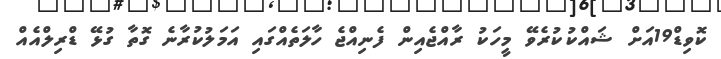
ކޮވިޑް19އަށް ޝައްކުކުރެވޭ މީހަކު ރާއްޖެއިން ފެނިއްޖެ ހާލަތެއްގައި އަމަލުކުރާނެ ގޮތާ ގުޅޭ ޑްރިލްއެއް